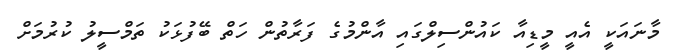
މާނައަކީ އެއީ މީޑިއާ ކައުންސިލްގައި އާންމުގެ ފަރާތުން ހަތް ބޭފުޅަކު ތަމްސީލު ކުރުމަށް